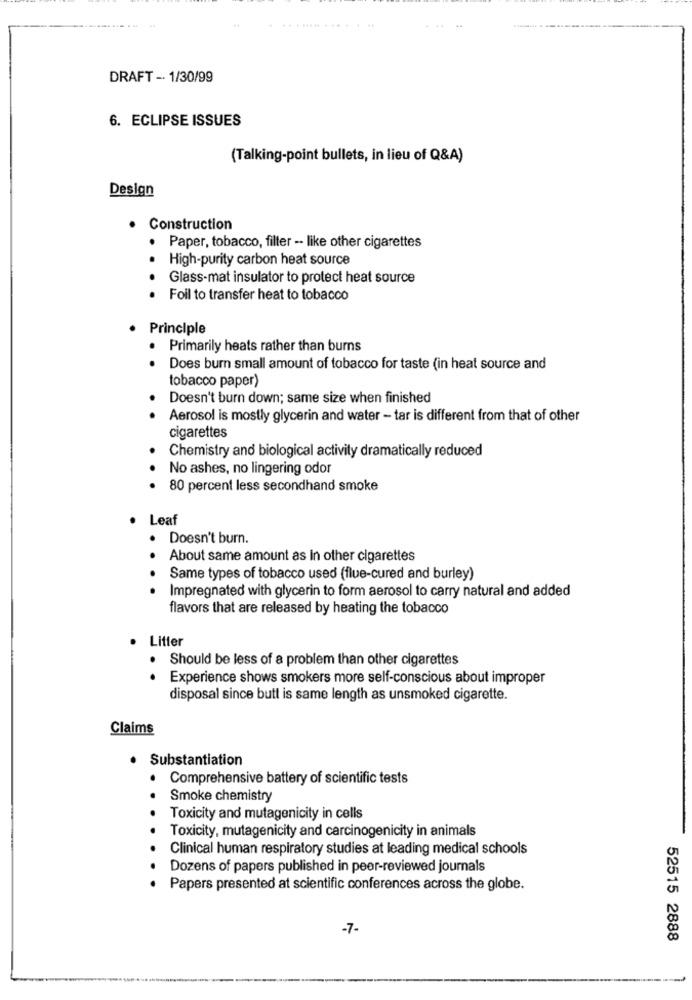
DRAFT -· 1/30/99
6. ECLIPSE ISSUES
(Talking-point bullets, in lieu of Q&A)
Design
Construction
. Paper, tobacco, filter -- like other cigarettes
High-purity carbon heat source
Glass-mat insulator to protect heat source
Foil to transfer heat to tobacco
Principle
Primarily heats rather than burns
Does burn small amount of tobacco for taste (in heat source and
. .
tobacco paper)
Doesn't burn down; same size when finished
Aerosol is mostly glycerin and water - tar is different from that of other
cigarettes
Chemistry and biological activity dramatically reduced
No ashes, no lingering odor
. .
80 percent less secondhand smoke
Leaf
. Doesn't burn.
About same amount as In other cigarettes
Same types of tobacco used (flue-cured and burley)
... .
Impregnated with glycerin to form aerosol to carry natural and added
flavors that are released by heating the tobacco
Litter
Should be less of a problem than other cigarettes
Experience shows smokers more self-conscious about improper
. .
disposal since butt is same length as unsmoked cigarette.
Claims
· Substantiation
Comprehensive battery of scientific tests
..
Smoke chemistry
Toxicity and mutagenicity in cells
Toxicity, mutagenicity and carcinogenicity in animals
Clinical human respiratory studies at leading medical schools
.
Dozens of papers published in peer-reviewed journals
. Papers presented at scientific conferences across the globe.
-7-
52515 2888